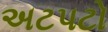
અટપટો